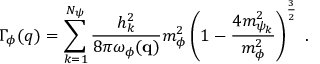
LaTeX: \Gamma _ { \phi } ( q ) = \sum _ { k = 1 } ^ { N _ { \psi } } \frac { h _ { k } ^ { 2 } } { 8 \pi \omega _ { \phi } ( { \bf q } ) } m _ { \phi } ^ { 2 } \left( 1 - \frac { 4 m _ { \psi _ { k } } ^ { 2 } } { m _ { \phi } ^ { 2 } } \right) ^ { \frac { 3 } { 2 } } \; .